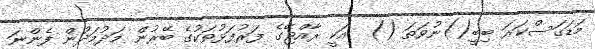
މަޑަގަސްކަރަ ބިބީ()ނުވަތަ ()  އަކީ ރާއްޖޭގެ ފަރުފަޅުތަކުގެ ބޭރުން މަދުމަދުން ފެންނަ